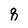
Character: q